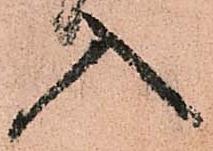
入